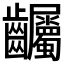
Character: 𪚌